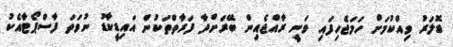
ޑޮލަރު ވިއްކުމަށް ހަމަޖެހިފައި ވަނީ ރާއްޖެއިން ބޭރަށްދާ ފަރާތްތަކުން އައިޑީކާޑު ނުވަތަ ފާސްޕޯޓާއެކު